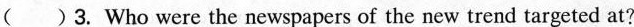
()3. Who were the newspapers of the new trend targeted at?